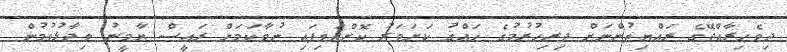
ދިވެހިރާއްޖޭގެ ރައްޔިތުންނަށް ދިރިހުރުމުގެ ޙައްޤު ކަށަވަރު ކޮށްދެވިފައި ނުވާކަމަށް ރައީސް ޔާމީނު ވިދާޅުވުމުން